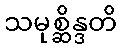
သမုစ္ဆိန္ဒတိ